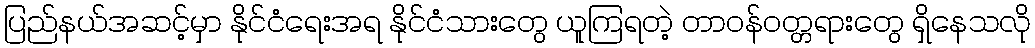
ပြည်နယ်အဆင့်မှာ နိုင်ငံရေးအရ နိုင်ငံသားတွေ ယူကြရတဲ့ တာဝန်ဝတ္တရားတွေ ရှိနေသလို